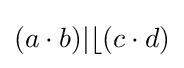
(a\cdot b)\vert \lfloor (c\cdot d)